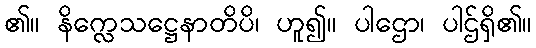
၏။ နိက္လေသဋ္ဌေနာတိပိ၊ ဟူ၍။ ပါဌော၊ ပါဌ်ရှိ၏။